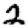
Digit: 2